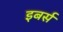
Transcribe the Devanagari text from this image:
इबर्स